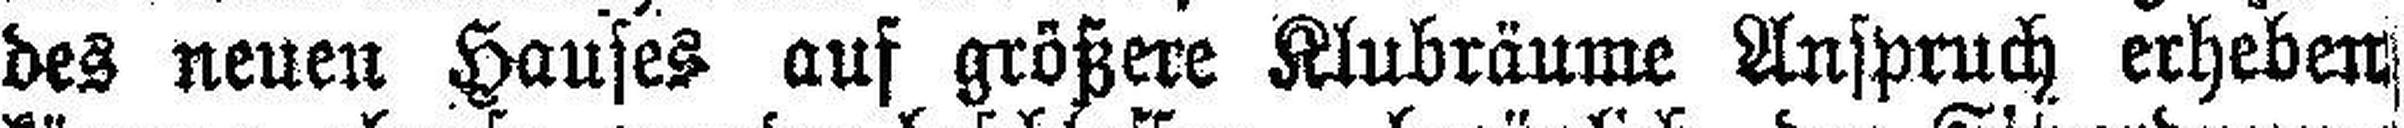
des neuen Hauses auf größere Klubräume Anspruch erheben